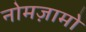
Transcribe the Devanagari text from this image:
नोमज़ामो